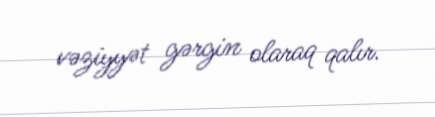
vəziyyət gərgin olaraq qalır.